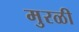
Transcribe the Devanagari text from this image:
मुरळी